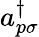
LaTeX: a_{p\sigma}^{\dagger}